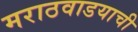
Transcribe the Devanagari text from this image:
मराठवाडयाची